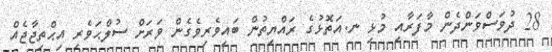
28 ދުވަސްވަންދެން މާފަރާއި މުޅި ނ.އަތޮޅުގެ ރައްޔިތުން ބައިވެރިވެގެން ވަރަށް ސުލްްޙަވެރި އިޙްތިޖާޖެއް